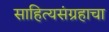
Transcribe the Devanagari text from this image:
साहित्यसंग्रहाचा